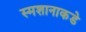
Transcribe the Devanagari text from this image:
स्मशानाकडे